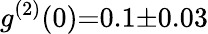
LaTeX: g^{(2)}(0){=}0.1{\pm}0.03